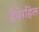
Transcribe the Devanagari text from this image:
हैवेरहिल